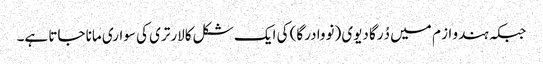
جبکہ ہندو از م میں دُرگا دیوی (نووا درگا) کی ایک شکل کالارتری کی سواری مانا جاتا ہے۔